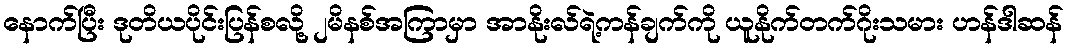
နောက်ပြီး ဒုတိယပိုင်းပြန်စလို့ ၂မိနစ်အကြာမှာ အာနိုးလ်ရဲ့ကန်ချက်ကို ယူနိုက်တက်ဂိုးသမား ဟန်ဒါဆန်